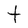
Character: t